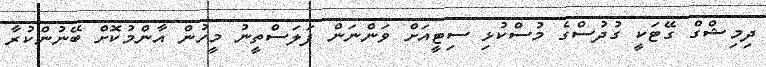
ދިމިޝްގް ގޭޓަކީ ގުދުސްގެ މުސްކުޅި ސިޓީއަށް ވަންނަން ފަލަސްތީނު މީހުން އާންމުކޮށް ބޭނުންކުރާ